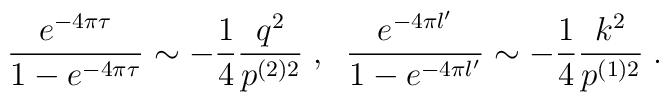
\frac {e^{-4\pi \tau}}{1 - e^{-4\pi \tau}} \sim- \frac 14 \frac {q^2}{p^{(2)2}} \;,\;\;\frac {e^{-4\pi l^\prime}}{1 - e^{-4\pi l^\prime}} \sim - \frac 14 \frac {k^2}{p^{(1)2}}\;.